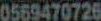
0569470726